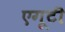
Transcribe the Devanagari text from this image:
एगूटी